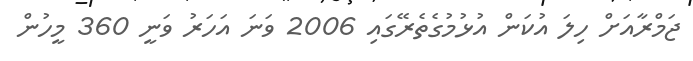
ޖަމްރާއަށް ހިލަ އުކަން އުޅުމުގެތެރޭގައި 2006 ވަނަ އަހަރު ވަނީ 360 މީހުން